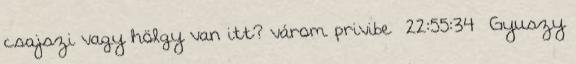
csajszi vagy hölgy van itt? várom privibe 22:55:34 Gyuszy